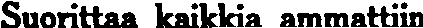
Suorittaa kaikkia ammattiin